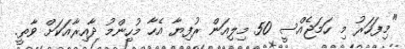
"މިފަހަރު މި ހަމަޖެއްސީ 50 މިލިއަން ރުފިޔާ އެހާ މުހިންމު ދާއިރާއަކަށް ވާތީ.